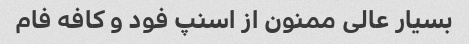
بسیار عالی ممنون از اسنپ فود و کافه فام